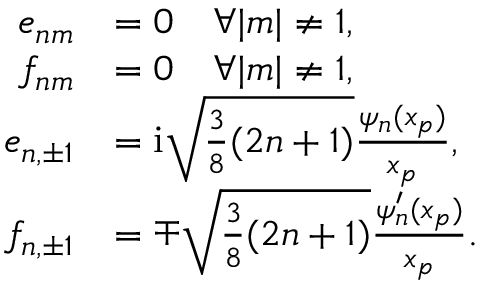
\begin{array} { r l } { e _ { n m } } & { = 0 \quad \forall | m | \neq 1 , } \\ { f _ { n m } } & { = 0 \quad \forall | m | \neq 1 , } \\ { e _ { n , \pm 1 } } & { = \mathrm { i } \sqrt { \frac { 3 } { 8 } ( 2 n + 1 ) } \frac { \psi _ { n } ( x _ { p } ) } { x _ { p } } , } \\ { f _ { n , \pm 1 } } & { = \mp \sqrt { \frac { 3 } { 8 } ( 2 n + 1 ) } \frac { \psi _ { n } ^ { \prime } ( x _ { p } ) } { x _ { p } } . } \end{array}